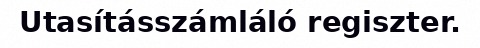
Utasításszámláló regiszter.